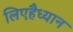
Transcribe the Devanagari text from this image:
लिएहैध्यान